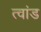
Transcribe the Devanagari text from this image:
त्वांड